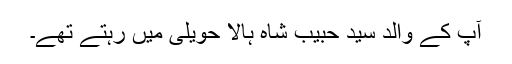
آپ کے والد سید حبیب شاہ ہالا حویلی میں رہتے تھے۔